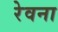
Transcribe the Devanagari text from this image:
रेवना